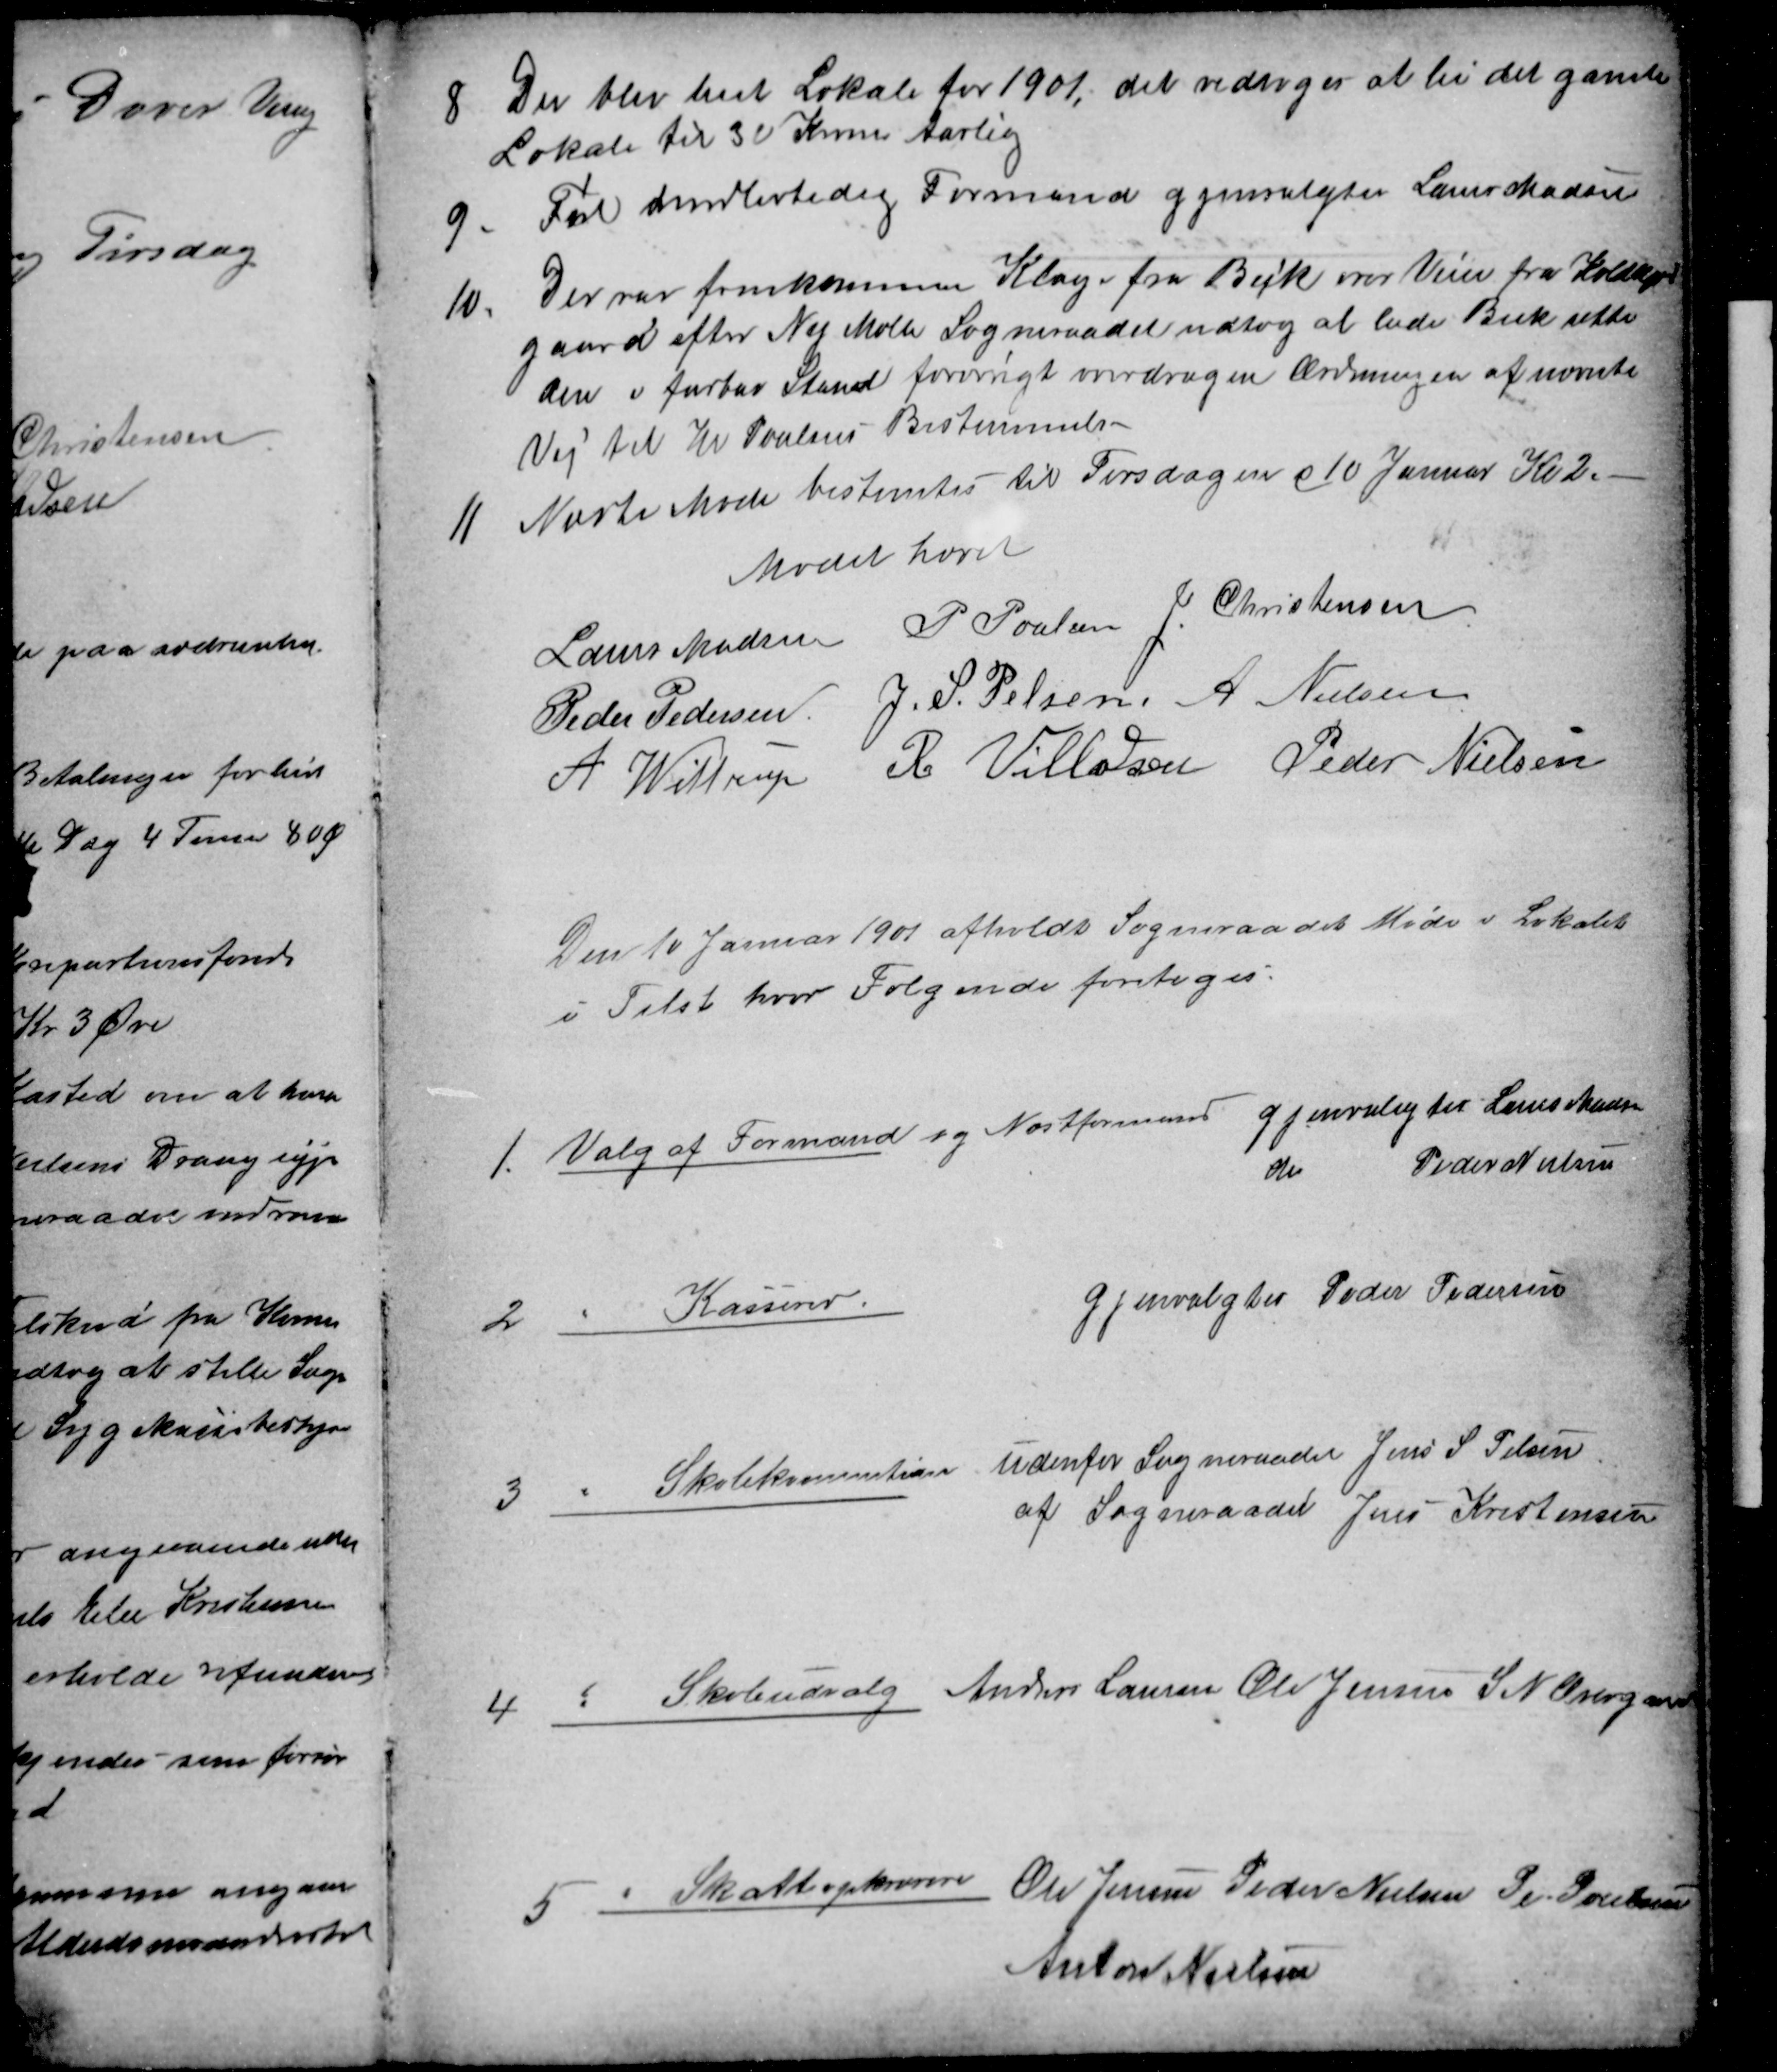
Transskription:
Der blev leiet Lokale for 1901, det vedtoges at leie det gamle
Lokale til 30 Kroner Aarlig
9. Til midlertidig Formand gjenvalgtes Laurs Madsen
10. Der var fremkommen Klage fra Beck over Veien fra Koldkjær
gaard efter Ny Mølle Sogneraadet vedtog at lade Beck rette
den i farbar Stand forøvrigt overdragen Ændringen af nævnte
Vei til Hr Poulsens Bestemmelse
11 Næste Møde bestemtes til Tirsdagen d 10 Januar Kl 2.
Mødet hævet
Laurs Madsen
P Poulsen J. Christensen
Peder Pedersen J. S. Pelsen A. Nielsen
A Wittrup R Villadsen Peder Nielsen
Den 10 Januar 1901 afholdt Sogneraadet Møde i Lokalet
i Tilst hvor Følgende foretoges:
1. Valg af Formand og Næstformand og gjenvalgtes Laurs Madsen
do Peder Nielsen
2
Kasserer.
gjenvalgtes Peder Pedersen
3
Skolekmmition udenfor Sogneraadet Jens S Pelsen
af Sogneraadet Jens Kristensen
4
Skoleudvalg Anders Laursen Ole Jensen S N Overgaard
5
Skatteopkrævere Ole Jensen Peder Nielsen Pe. Poulsen
Anton Nielsen